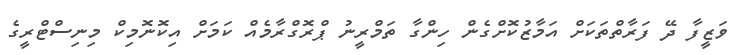
ވަޒީފާ ދޭ ފަރާތްތަކަށް އަމާޒުކޮށްގެން ހިންގާ ތަމްރީނު ޕްރޮގްރާމެއް ކަމަށް އިކޮނޮމިކް މިނިސްޓްރީގެ